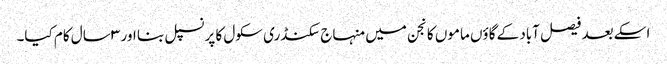
اسکے بعد فیصل آباد کے گاؤں ماموں کانجن میں منہاج سکنڈری سکول کا پرنسپل بنا اور ۳ سال کام کیا۔